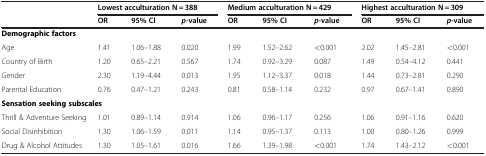
<table><thead><tr><td><b> </b></td><td colspan="3"><b>Lowest acculturation N = 388</b></td><td colspan="3"><b>Medium acculturation N = 429</b></td><td colspan="3"><b>Highest acculturation N = 309</b></td></tr><tr><td><b> </b></td><td><b>OR</b></td><td><b>95% CI</b></td><td><b><i>p</i>-value</b></td><td><b>OR</b></td><td><b>95% CI</b></td><td><b><i>p</i>-value</b></td><td><b>OR</b></td><td><b>95% CI</b></td><td><b><i>p</i>-value</b></td></tr></thead><tbody><tr><td><b>Demographic factors</b></td><td> </td><td> </td><td> </td><td> </td><td> </td><td> </td><td> </td><td> </td><td> </td></tr><tr><td>Age</td><td>1.41</td><td>1.06–1.88</td><td>0.020</td><td>1.99</td><td>1.52–2.62</td><td>&lt;0.001</td><td>2.02</td><td>1.45–2.81</td><td>&lt;0.001</td></tr><tr><td>Country of Birth</td><td>1.20</td><td>0.65–2.21</td><td>0.567</td><td>1.74</td><td>0.92–3.29</td><td>0.087</td><td>1.49</td><td>0.54–4.12</td><td>0.441</td></tr><tr><td>Gender</td><td>2.30</td><td>1.19–4.44</td><td>0.013</td><td>1.95</td><td>1.12–3.37</td><td>0.018</td><td>1.44</td><td>0.73–2.81</td><td>0.290</td></tr><tr><td>Parental Education</td><td>0.76</td><td>0.47–1.21</td><td>0.243</td><td>0.81</td><td>0.58–1.14</td><td>0.232</td><td>0.97</td><td>0.67–1.41</td><td>0.890</td></tr><tr><td colspan="2"><b>Sensation seeking subscales</b></td><td> </td><td> </td><td> </td><td> </td><td> </td><td> </td><td> </td><td> </td></tr><tr><td>Thrill &amp; Adventure Seeking</td><td>1.01</td><td>0.89–1.14</td><td>0.914</td><td>1.06</td><td>0.96–1.17</td><td>0.256</td><td>1.06</td><td>0.91–1.16</td><td>0.620</td></tr><tr><td>Social Disinhibition</td><td>1.30</td><td>1.06–1.59</td><td>0.011</td><td>1.14</td><td>0.95–1.37</td><td>0.113</td><td>1.00</td><td>0.80–1.26</td><td>0.999</td></tr><tr><td>Drug &amp; Alcohol Attitudes</td><td>1.30</td><td>1.05–1.61</td><td>0.016</td><td>1.66</td><td>1.39–1.98</td><td>&lt;0.001</td><td>1.74</td><td>1.43–2.12</td><td>&lt;0.001</td></tr></tbody></table>